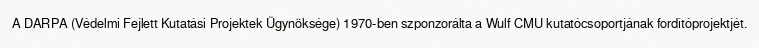
A DARPA (Védelmi Fejlett Kutatási Projektek Ügynöksége) 1970-ben szponzorálta a Wulf CMU kutatócsoportjának fordítóprojektjét.